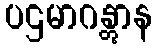
ပဌမာဂန္တွာန